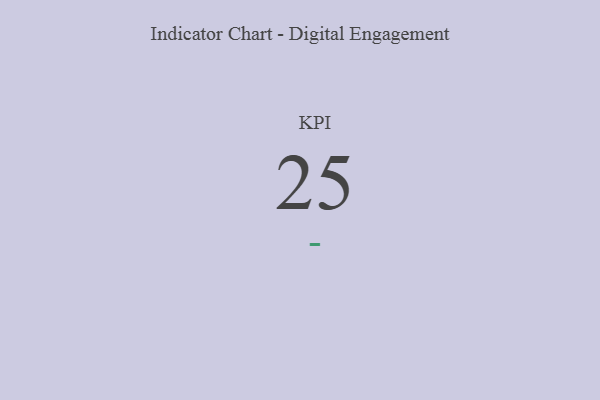
{"axis": {"x": "KPI", "y": "Value"}, "legend": [""], "data": [{"x": "KPI", "y": 25, "type": ""}]}